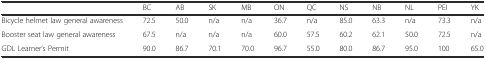
<table><thead><tr><td>[EMPTY_CELL]</td><td><b>BC</b></td><td><b>AB</b></td><td><b>SK</b></td><td><b>MB</b></td><td><b>ON</b></td><td><b>QC</b></td><td><b>NS</b></td><td><b>NB</b></td><td><b>NL</b></td><td><b>PEI</b></td><td><b>YK</b></td></tr></thead><tbody><tr><td>Bicycle helmet law general awareness</td><td>72.5</td><td>50.0</td><td>n/a</td><td>n/a</td><td>36.7</td><td>n/a</td><td>85.0</td><td>63.3</td><td>n/a</td><td>73.3</td><td>n/a</td></tr><tr><td>Booster seat law general awareness</td><td>67.5</td><td>n/a</td><td>n/a</td><td>n/a</td><td>60.0</td><td>57.5</td><td>60.2</td><td>62.1</td><td>50.0</td><td>72.5</td><td>n/a</td></tr><tr><td>GDL Learner’s Permit</td><td>90.0</td><td>86.7</td><td>70.1</td><td>70.0</td><td>96.7</td><td>55.0</td><td>80.0</td><td>86.7</td><td>95.0</td><td>100</td><td>65.0</td></tr></tbody></table>